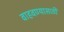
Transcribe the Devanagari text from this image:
वाहवण्यासाठी